Tezpur Lunatic Asylum reports 1895-1904 - 1895-1904
Year: 1895
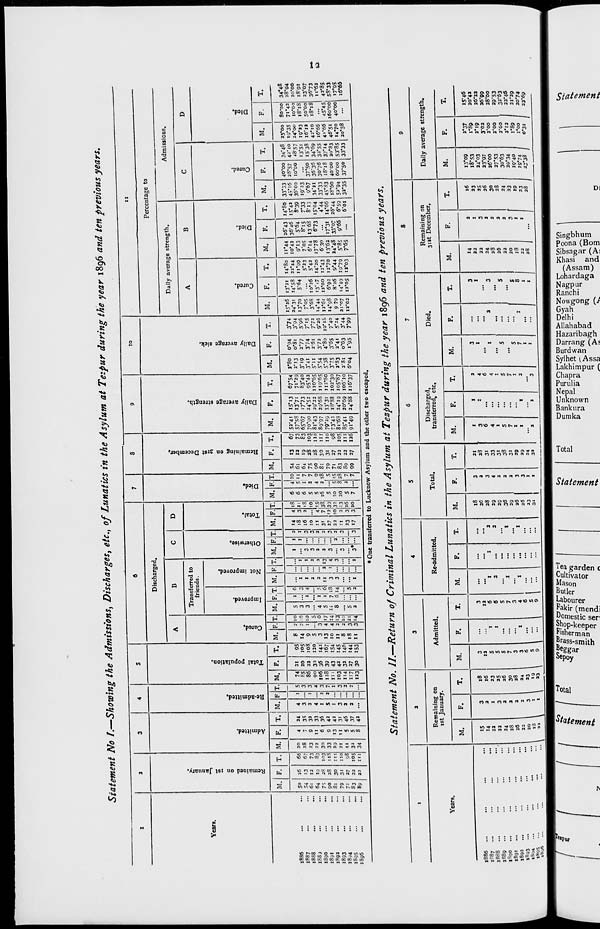
* " iS>3>3> •*>&> ^° s °°
„ tj U L (J H U tJ
|-i5 " 00O OvUl w 0,00
- 53
7i re
D 3
I 3"
"?o
a
V0U1 OlWCO^lOlUlOl kiu
> a.
3
owo>* <JV)0,ao "' c '
73 a
p-
3
H»UUl'»l)'UllU
H o
E
'^Ul-4- OlW —
?>
U~ I, MVI'MI;. r»* u
=r B
3 a
3 &
« p
c. £
a
o a.
» M en
CA
M
HU
oom
en
ca
" I) N IJ u U U !) H M M
COM oo O S3 O C04*. M U4-
"'I'lk. llUiJi, u
*1
'iD H U IJ ()(J M M W M
COUOU*. OOO CMJiW Ok
90 re
3
o M
n 5'
3
5"
TO
c
3
( * o^ o o o *J a w 4- oo to
U M *.'g atn'o'id O* C/T d
C0-* o^uu O --4 U» Co O
O >i .- u u I) uU »J H
*** 2 .cp ** o o o" d ►? .oo <
i o o6
o o
' c> o o 6 ~ ooo
O O O M O O M
M
" k> II || W kl W k» k> kl M
<•>. o# B B «3 <o oo oj o> <3 u>
fi> ■>! M .N <> ui e>« kf *■* -t
g
O
9
09
Co
OK
OK
OK
s
>3
3
a'
Si
to
Of.
8«
t*>
3
OK
l?
ft,
«
5-
«~s
8-
Si
>t
oo
so
a>
OK
8
o>
5-
8
to
Vi
S>
""<
to
OOOOOOCOUJOOOOOOOOTOOO
O <J t VD <0 "U W OOOOCOOp
OtUl ^ OJ W -• O w COvj Os
1 ! ! 1 1 1 1 i i ! 1
I
■
Remained on ist January.
"
M tg M I-. OQOMO »J to ON
-OoH -Zo C0"*JOtCh
•- Wi CO O « XU (<) U ->| OS
H
-I' !.—_., ,_j _ KID (OO
»
\dmitted.
u
CO«i»W MU« 0>-«'0^1**
f ,
■^U-JkU-UAUUUUJ M
MM 0\ - M M Ou uyi A
H
• MUUNUIHAUUA
g
Re-admitted.
Jk.
: : : : : u M : M : M
T|
. tlMUMMUUtklUUi
H
k> « M o« M oo OOI;M
tklM X. w .. COOtC Oi Oi 4^
s
Total population.
01
W 1J CJ 4* -(- CO *v- Ui 1 ) M u
O *-J WMLJOOtL* U O —
yo
t**4> *>L/i4**^i w o oomcn
.H
M coOo-4 ouucn>04> -yi
3
Cured,
>
O
i re
o>
U (*) K> M A J>U ! MUM
-A
^-OUA^Oil^OOiO
H
tj "■ : c"- ii4k : uu -i
2
Improved.
t?3
S B
• c
0
ta
t : : ov*kj MM! M : M
uinS 4fc.coo\'j>. J*CJO
H ! I i-j c> « u u — ►- :
g
Not improved.
: : : : - M : : : : :
pa
*
o
»
<-« : i Co 4^. t-j u M «M M :
H
u : u : u w » u u : •->
Otherwise.
0
: : : M : : : : : -4 M
a
U : OMCk>MUtkltk)MM
H
\
u n .. n uu » " H .. w
VJC^MM-^I^MOOI 004>
2
Total.
0
„ t,K.' N O IjMJ. ! M'J*.
r"
r c
0
o
>
HkJ.. UUU«- -MM
O OlU ><i>k) am o »- oo
H
•vitn o Ot/i Ovtntn 0\O»O»
3
Died.
^
1 M CQUt I M J- U M tn 4>
y>
V3J -vi COV1 tA COO -^J **J — o
H
>0 COOO*^-*-) 00>O , *kl OvO\Ul
O - U) - O -. O wM *. -4*.
3
Remaining on 31st December,
00
3
MMMV>Ck3tOMM-*MM
■kl u w ^ h. o CO COO M U>
J9
P.
tr
o
£
tj .- t) O « - - O fVl^kj o»
Ol« Ln COO »■« OiUUUM
H
o Co 00 M S oooo-^a otoicn
HO»-UOO M Otn-kJ M
4^. 4* 0\ 4* i- '. J 4- -. Ci Vi *k
O M i r jO(rf\C)>kj)Cj O M CO-
_2
Daily average strength.
<o
o
n
P
o
10 Ki u ^ - ■■; i. IJ -
k-. «
4* O -i- .... . .. 4. '•j U'ji
OOCft'-* 00CO Ol U Ui sj vj M
COOO COH COM UU - U)
i*
"-OOOM — — O CO^J Ot
U> <-«*OOLhl Q\ 3\ Oi U -U MOl
-«■ » O *-J. O O Ji Ui M O sO *
H
ONM Mlownsn^loU »M
C*co co-vluu. - *■* « *-. op
4*. M U Cn CO-* -. « O u. O
3
Daily average sick.
0
M O WUJ> U M w w o# o^
lO* 0\ 4*.* ON CO **4 0\ ^1 »k4 CO O
ai u - oi u w HJ>SJ ■ 4>
ja
•kJWLn"»ki oO^*ot/iCk)Ck>
IOJ. IJ u M u - -1 ->SOsO*«l
g *k *. o c^« u 'JI J14. *-
H
w MC+- ,J ,**t w
1
M ,"'1 ,, '1' JI ,
2
o' O* •») VO* Oi4* o\ o ■*» W M
,
hi ■*-! O CO — 4* O0 Cn O ■*• O*
>
O
«
CD
(1
re
3
n
3*
13
n>
re
3
5>
re
0
u J> cc O) w w Ot. en ^ Ci
O 4-" M* so O .- Kt • Ot Cll M
L/IOO»MO' S^O >
* CO*
?» Cured.
MOO M w J> vnen ■« w4*
r* - i" J*T - i i ' • ■ 1- i J - i- CO
U04* QUO tiu04* O
H
s]^ J> u OS **■! Ch *J O 0# ■*
O.C0 4>."o^Ck>*^,-• O »-»4»4>
t/l t'l CO W 0 00+- (Jl CO W 4*
3
03
OS-|M
uccsn* OiU
?i
Died.
o> o> &•!; *^i co^* c«<4» **
0*Wi4».*Os4*. O NU U* 2?
M O 4* 0\4»-4*OWOM O
H
w VJ ncji C> 4» so^ o OJ wj -a
to O Ov Co to W Oi U O » C-J
U»4> OUW MVJ(J oOlU
?
O
>
3
5'
9
^ Oi+> -uuu
"^"it
si o o cooo^i. ot oo q
tn O* O — S Co" '-n • O en o
OO OCOOllTiO
0^40
fa Cured.
WlnuUloU«- •.-*»■ to
LO W O *-J W*-UlU 00 « >#
COCOCO«-tii OMJ Cn W - -u
U Vi W *> 'Ji « CO"-^) o CO
H
,,„ 4- 4~~ 4- -■-«"-'■»
O 4*. O* - 0\ to OJ Op J> 0# tn
or-^JcnCisOs- «' y o u O
CQOMOIOIOMUOUIO
3
O
4- Os •"
HUl «« MMM
: o OUi! CO ot CO o# ■• o
* o" o" **■" * «-* o" M* d **■" o
OOsn
CQOCOOWO
I* Died.
M - (Ji 4. M U U H MMCO
O. -KJ COM - » W 00 0# 00*.^
JWJLJ OOOI^ OO O-O 4v ,u
1
Co
OK
3
OK
8
OK
I
Jo-
*o
it
«o
to -
<^
is-
ot
^Jo
OK
o»
OK
to
OK
o^
«
3
Ok
I?
o».
A
OK
;>.
«^
v»
00
VO
»,
OK
<^
8
e to
t\>
a
l\